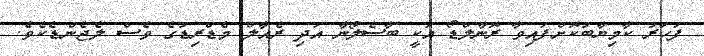
ފަހަރު ކާމިޔާބުކޮށްފައިވާ ރޮނާލްޑޯ އަކީ ބާސެލޯނާ އަދި ރެއާލް މެޑްރިޑުގެ ވެސް ލެޖެންޑެކެވެ.